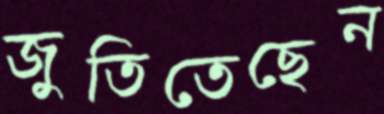
জুতিতেছেন